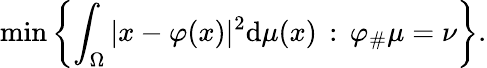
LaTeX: \operatorname*{min}\left\{ \int_{\Omega}|x-\varphi(x)|^{2}\mathrm{d}\mu(x)\, :\, \varphi_{\# }\mu=\nu\right\} .